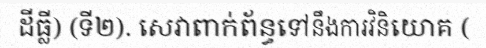
ដីធ្លី) (ទី២). សេវាពាក់ព័ន្ធទៅនឹងការវិនិយោគ (